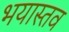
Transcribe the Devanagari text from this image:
भयास्तव